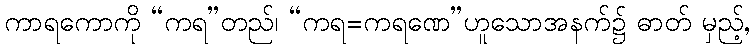
ကာရကောကို “ကရ”တည်၊ “ကရ=ကရဏေ”ဟူသောအနက်၌ ဓာတ် မှည့်,